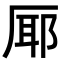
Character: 𭆊